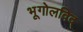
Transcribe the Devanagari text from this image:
भूगोलविद्